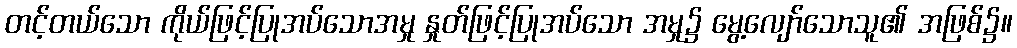
တင့်တယ်သော ကိုယ်ဖြင့်ပြုအပ်သောအမှု နှုတ်ဖြင့်ပြုအပ်သော အမှု၌ မွေ့လျော်သောသူ၏ အဖြစ်၌။